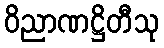
ဝိညာဏဋ္ဌိတီသု